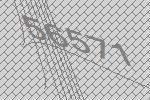
56571